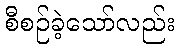
စီစဉ်ခဲ့သော်လည်း